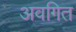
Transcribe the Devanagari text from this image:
अवगित